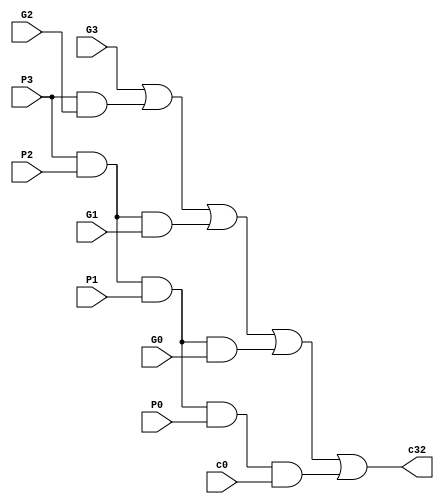
module my_c32(G0, P0, G1, P1, G2, P2, G3, P3, c0, c32);

    input G0, P0, G1, P1, G2, P2, G3, P3, c0;
    
    output c32;
    
    wire w1, w2, w3, w4;
    
    and myAnd1(w1, P3, P2, P1, P0, c0);
    
    and myAnd2(w2, P3, P2, P1, G0);
    
    and myAnd3(w3, P3, P2, G1);
    
    and myAnd4(w4, P3, G2);
    
    
    or myOr(c32, G3, w4, w3, w2, w1);
    
endmodule